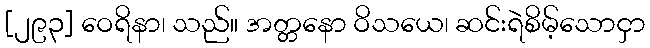
[၂၉၃] ဝေရိနာ၊ သည်။ အတ္တနော ဝိသယေ၊ ဆင်းရဲစိမ့်သောငှာ